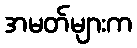
အမတ်များက